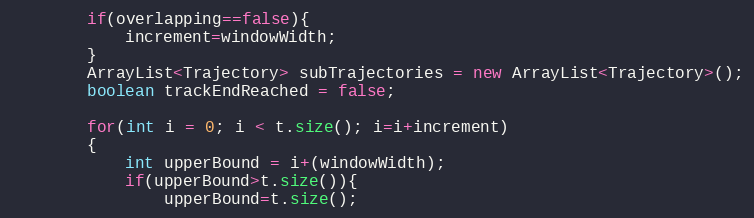
Language: Java
		if(overlapping==false){
			increment=windowWidth;
		}
		ArrayList<Trajectory> subTrajectories = new ArrayList<Trajectory>();
		boolean trackEndReached = false;

		for(int i = 0; i < t.size(); i=i+increment)
		{
			int upperBound = i+(windowWidth);
			if(upperBound>t.size()){
				upperBound=t.size();